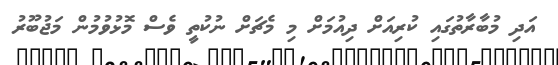
އަދި މުބާރާތުގައި ކުރިއަށް ދިއުމަށް މި މެޗަށް ނުކުތީ ވެސް މޮޅުވުމުން މަޖުބޫރު